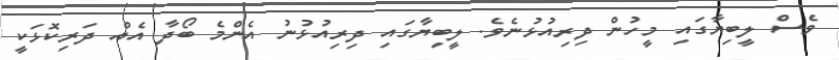
ވެސް ލީބިޔާގައި މީހުން ދިރިއުޅުނެވެ. ލީބިޔާގައި ދިރިއުޅުނު އެންމެ ބޯދާ އެއް ދަރިކޮޅަކީ